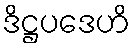
ဒိဋ္ဌပဒေဟိ